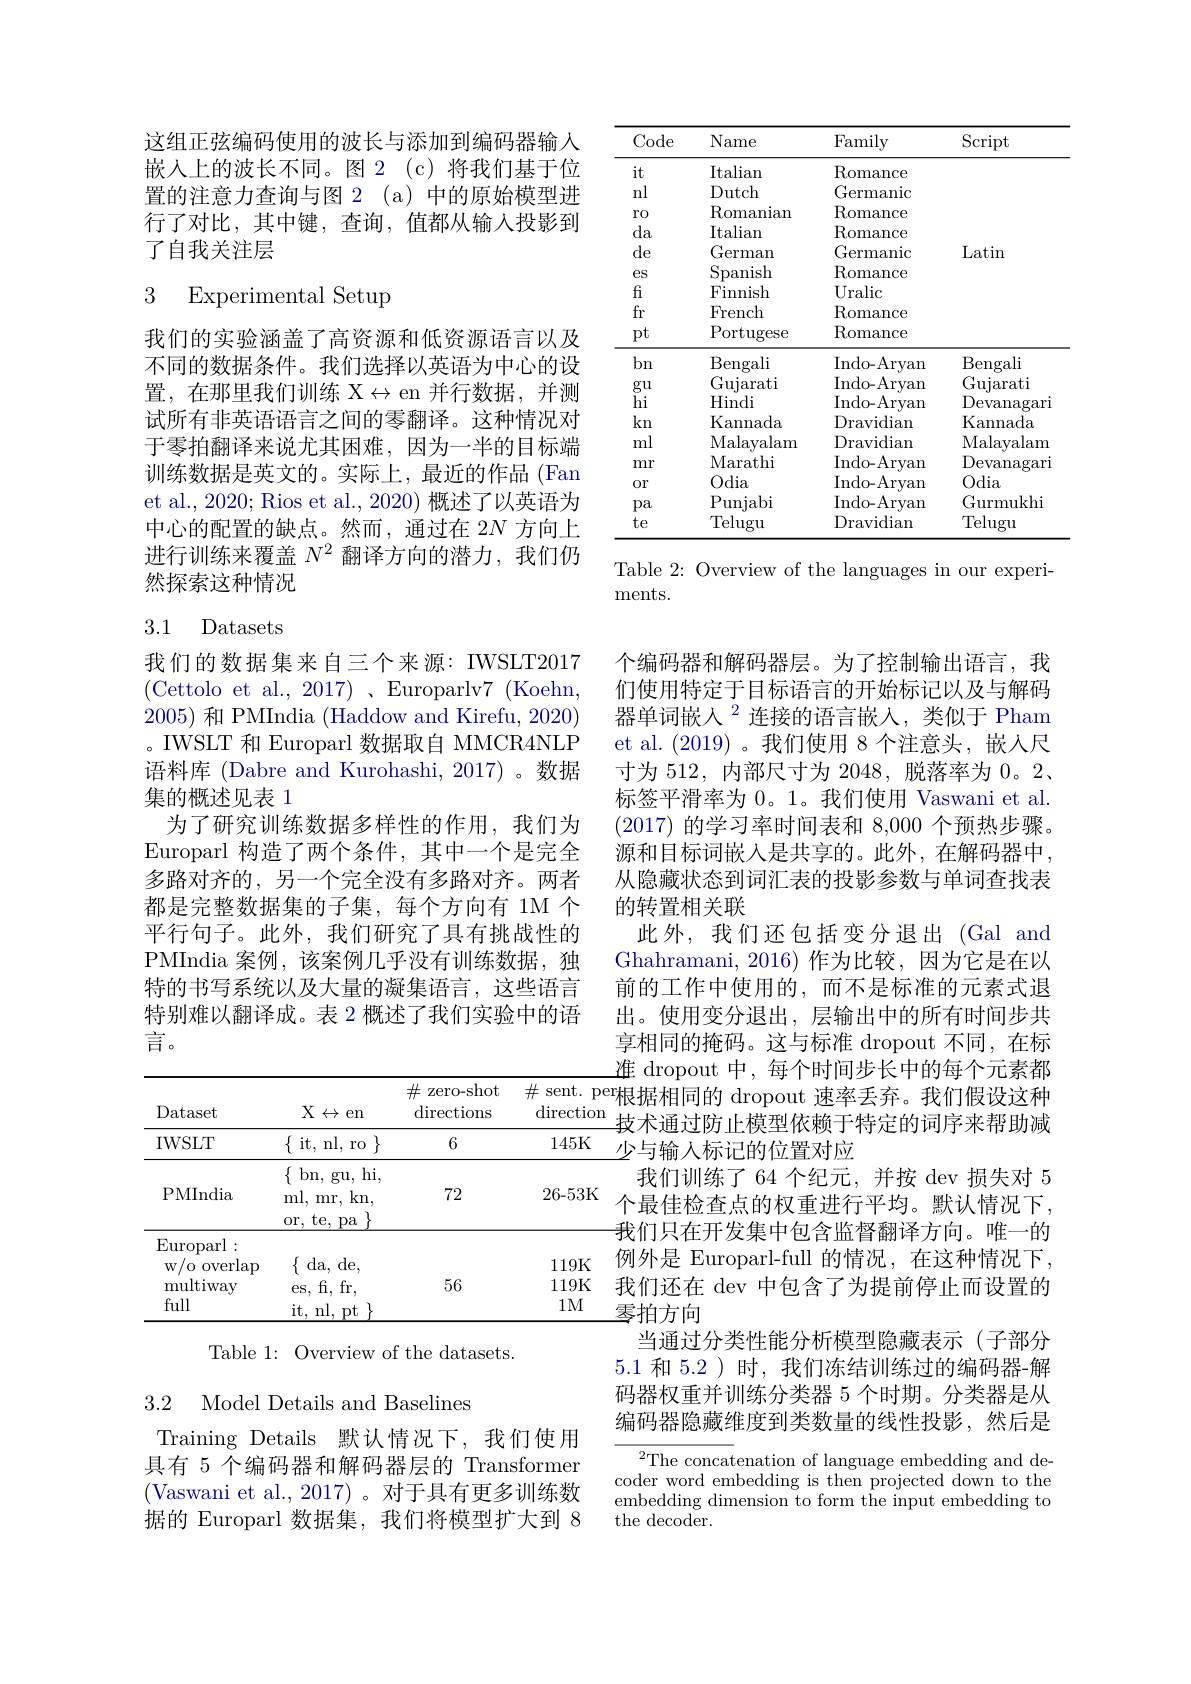
这组正弦编码使用的波长与添加到编码器输入嵌入上的波长不同。图 2 (c)将我们基于位置的注意力查询与图 2(a)中的原始模型进行了对比，其中键，查询，值都从输入投影到了自我关注层

# 3 Experimental Setup

我们的实验涵盖了高资源和低资源语言以及不同的数据条件。我们选择以英语为中心的设置，在那里我们训练 X$\leftrightarrow$ en 并行数据，并测试所有非英语语言之间的零翻译。这种情况对于零拍翻译来说尤其困难，因为一半的目标端训练数据是英文的。实际上，最近的作品 (Fan et al., 2020; Rios et al., 2020) 概述了以英语为中心的配置的缺点。然而，通过在 2$N$方向上进行训练来覆盖$N^2$翻译方向的潜力，我们仍然探索这种情况

## 3.1 Datasets

我们的数据集来自三个来源：IWSLT2017 ( Cettolo et al. , 2017) , Europarlv7 ( Koehn, 2005)和 PMIndia (Haddow and Kirefu, 2020) 。IWSLT 和 Europarl 数据取自 MMCR4NLP 语料库 (Dabre and Kurohashi, 2017) 。数据集的概述见表 1
为了研究训练数据多样性的作用，我们为Europarl 构造了两个条件，其中一个是完全多路对齐的，另一个完全没有多路对齐。两者都是完整数据集的子集，每个方向有 1M 个平行句子。此外，我们研究了具有挑战性的PMIndia 案例，该案例几乎没有训练数据，独特的书写系统以及大量的凝集语言，这些语言特别难以翻译成。表 2 概述了我们实验中的语言。

<table>
	<tbody>
		<tr>
			<th>Dataset</th>
			<th>$X\leftrightarrow$en</th>
			<th>$\#$ zero-shot $\operatorname{directions}$</th>
			<th>$\#$ sent. $\cdot Pr$ $\operatorname{directiom}$</th>
		</tr>
		<tr>
			<td>IWSLT</td>
			<td>$\{$ it, nl, ro $\}$</td>
			<td>6</td>
			<td>145K</td>
		</tr>
		<tr>
			<td>PMIndia</td>
			<td>$\{$bn, gu, hi, ml, mr, kn, or. te. pa T</td>
			<td>72</td>
			<td>26-53K</td>
		</tr>
	</tbody>
</table>

Table 1: Overview of the datasets.

3.2 Model Details and Baselines

Training Details 默认情况下，我们使用具有 5 个编码器和解码器层的 Transformer (Vaswani et al.,2017)。对于具有更多训练数据的 Europarl 数据集，我们将模型扩大到 8

<table>
	<tbody>
		<tr>
			<th>Code</th>
			<th>Name</th>
			<th>Family</th>
			<th>Script</th>
		</tr>
		<tr>
			<td>$it$</td>
			<td>$\operatorname{Italian}$</td>
			<td>$\operatorname{Romance}$</td>
			<td> </td>
		</tr>
		<tr>
			<td>nl</td>
			<td>Dutch</td>
			<td>Germanic</td>
			<td> </td>
		</tr>
		<tr>
			<td>$r0$</td>
			<td>Romanian</td>
			<td>$\operatorname{Romance}$</td>
			<td> </td>
		</tr>
		<tr>
			<td>da</td>
			<td>$\operatorname{Italian}$</td>
			<td>$\operatorname{Romance}$</td>
			<td> </td>
		</tr>
		<tr>
			<td>de</td>
			<td>German</td>
			<td>Germanic</td>
			<td>Latin</td>
		</tr>
		<tr>
			<td>$eS$</td>
			<td>Spanish</td>
			<td>$\operatorname{Romance}$</td>
			<td> </td>
		</tr>
		<tr>
			<td>$fi$</td>
			<td>Finnish</td>
			<td>Uralic</td>
			<td> </td>
		</tr>
		<tr>
			<td>fr</td>
			<td>French</td>
			<td>$\operatorname{Romance}$</td>
			<td> </td>
		</tr>
		<tr>
			<td>$pt$</td>
			<td>Portugese</td>
			<td>$\operatorname{Romance}$</td>
			<td> </td>
		</tr>
		<tr>
			<td>bn</td>
			<td>Bengali</td>
			<td>Indo- Aryan</td>
			<td>$\operatorname{Bengali}$</td>
		</tr>
		<tr>
			<td>$gu$</td>
			<td>Gujarati</td>
			<td>Indo- Aryan</td>
			<td>Gujarati</td>
		</tr>
		<tr>
			<td>hi</td>
			<td>Hindi</td>
			<td>Indo- Aryan</td>
			<td>$\operatorname{Devanagari}$</td>
		</tr>
		<tr>
			<td>kn</td>
			<td>Kannada</td>
			<td>$\operatorname{Dravidian}$</td>
			<td>Kannada</td>
		</tr>
		<tr>
			<td>ml</td>
			<td>Malayalam</td>
			<td>Dravidian</td>
			<td>Malayalam</td>
		</tr>
		<tr>
			<td>mr</td>
			<td>Marathi</td>
			<td>Indo- Aryan</td>
			<td>$\operatorname{Devanagari}$</td>
		</tr>
		<tr>
			<td>0r</td>
			<td>Odia</td>
			<td>Indo- Aryan</td>
			<td>Odia</td>
		</tr>
		<tr>
			<td>pa</td>
			<td>Pl unjabi</td>
			<td>Indo- Aryan</td>
			<td>Gurmukhi</td>
		</tr>
		<tr>
			<td>te</td>
			<td>Telugu</td>
			<td>Dravidian</td>
			<td>Telugu</td>
		</tr>
	</tbody>
</table>

Table 2: Overview of the languages in our experi-
ments.

个编码器和解码器层。为了控制输出语言，我们使用特定于目标语言的开始标记以及与解码器单词嵌人$^{2}$连接的语言嵌入，类似于 Pham et al. (2019) 。我们使用 8 个注意头，嵌人尺寸为 512, 内部尺寸为 2048, 脱落率为0。2标签平滑率为 0。1。我们使用 Vaswani et al. (2017)的学习率时间表和 8,000 个预热步骤。源和目标词嵌入是共享的。此外，在解码器中， 从隐藏状态到词汇表的投影参数与单词查找表的转置相关联
此外，我们还包括变分退出(Gal and Ghahramani, 2016) 作为比较，因为它是在以前的工作中使用的，而不是标准的元素式退出。使用变分退出，层输出中的所有时间步共享相同的掩码。这与标准 dropout 不同，在标准 dropout 中，每个时间步长中的每个元素都
$\frac{\mathrm{direction}}{145\mathrm{K}}$小后过的位罢对应
少与输入标记的位置对应
我们训练了64 个纪元，并按 dev 损失对 5个最佳检查点的权重进行平均。默认情况下， 我们只在开发集中包含监督翻译方向。唯一的例外是 Europarl-full 的情况，在这种情况下， 我们还在 dev 中包含了为提前停止而设置的$\underline{{\text{零拍方向}}}$
当通过分类性能分析模型隐藏表示(子部分5.1和 5.2)时，我们冻结训练过的编码器-解码器权重并训练分类器 5 个时期。分类器是从编码器隐藏维度到类数量的线性投影，然后是

${\overline{{^2}\text{The concat}}}$enation of language embedding and decoder word embedding is then projected down to the embedding dimension to form the input embedding to the decoder.